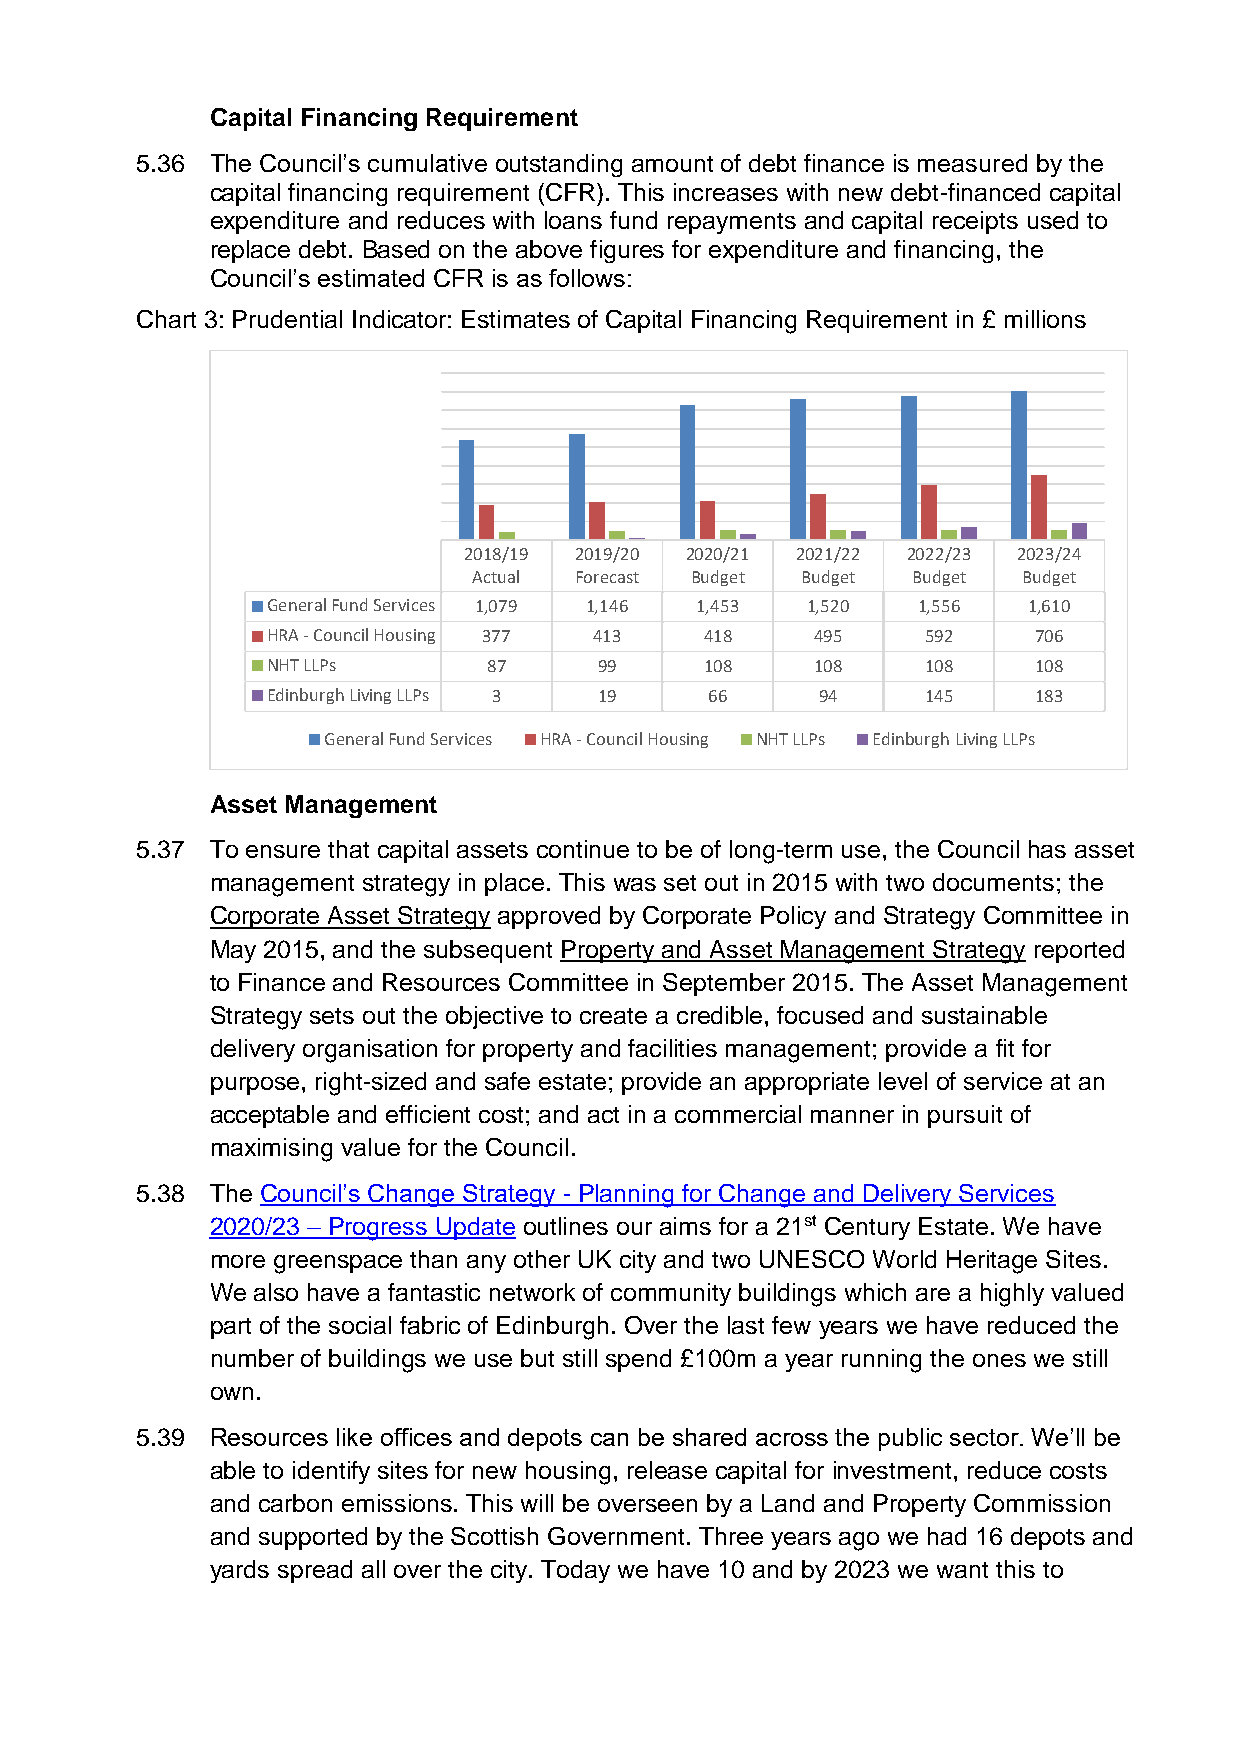
Capital Financing Requirement
 5.36 The Council’s cumulative outstanding amount of debt finance is measured by the
 capital financing requirement (CFR). This increases with new debt-financed capital
 expenditure and reduces with loans fund repayments and capital receipts used to
 replace debt. Based on the above figures for expenditure and financing, the
 Council’s estimated CFR is as follows:
 Chart 3: Prudential Indicator: Estimates of Capital Financing Requirement in £ millions
 2018/19 2019/20 2020/21 2021/22 2022/23 2023/24
 Actual Forecast Budget Budget Budget Budget
 General Fund Services 1,079 1,146 1,453 1,520 1,556 1,610
 HRA - Council Housing 377 413 418   495    592     706
 NHT LLPs      87      99     108    108    108     108
 Edinburgh Living LLPs 3 19   66     94     145     183
 General Fund Services HRA - Council Housing NHT LLPs Edinburgh Living LLPs
 Asset Management
 5.37 To ensure that capital assets continue to be of long-term use, the Council has asset
 management strategy in place. This was set out in 2015 with two documents; the
 Corporate Asset Strategy approved by Corporate Policy and Strategy Committee in
 May 2015, and the subsequent Property and Asset Management Strategy reported
 to Finance and Resources Committee in September 2015. The Asset Management
 Strategy sets out the objective to create a credible, focused and sustainable
 delivery organisation for property and facilities management; provide a fit for
 purpose, right-sized and safe estate; provide an appropriate level of service at an
 acceptable and efficient cost; and act in a commercial manner in pursuit of
 maximising value for the Council.
 5.38 The Council’s Change Strategy - Planning for Change and Delivery Services
 2020/23 – Progress Update outlines our aims for a 21st Century Estate. We have
 more greenspace than any other UK city and two UNESCO World Heritage Sites.
 We also have a fantastic network of community buildings which are a highly valued
 part of the social fabric of Edinburgh. Over the last few years we have reduced the
 number of buildings we use but still spend £100m a year running the ones we still
 own.
 5.39 Resources like offices and depots can be shared across the public sector. We’ll be
 able to identify sites for new housing, release capital for investment, reduce costs
 and carbon emissions. This will be overseen by a Land and Property Commission
 and supported by the Scottish Government. Three years ago we had 16 depots and
 yards spread all over the city. Today we have 10 and by 2023 we want this to